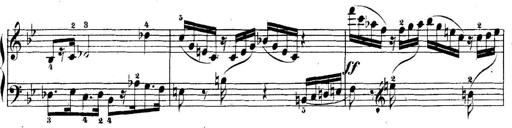
Title: 5 Sonatinas
Composer: Theodor Kirchner